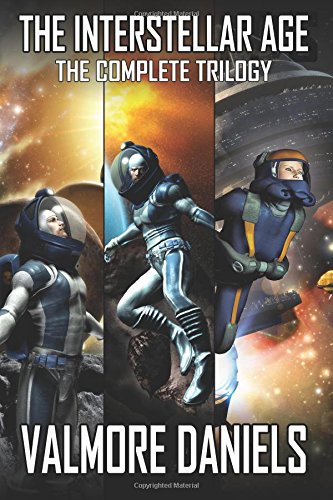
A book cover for The Interstellar Age: The Complete Trilogy; Valmore Daniels; Science Fiction & Fantasy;